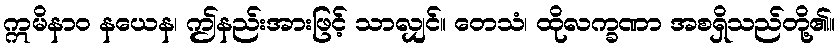
ဣမိနာဝ နယေန၊ ဤနည်းအားဖြင့် သာလျှင်။ တေသံ၊ ထိုလက္ခဏာ အစရှိသည်တို့၏။